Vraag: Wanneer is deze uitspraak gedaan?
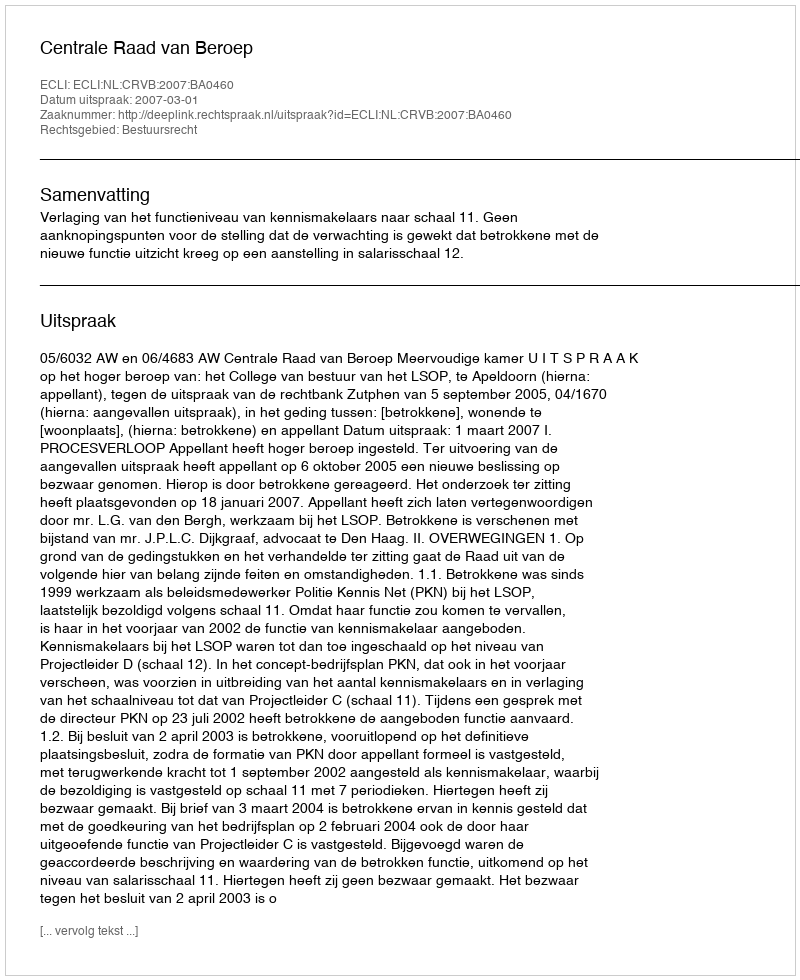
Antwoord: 2007-03-01